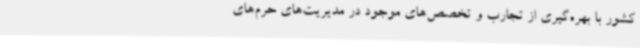
کشور با بهره‌گیری از تجارب و تخصص‌های موجود در مدیریت‌های حرم‌های